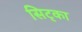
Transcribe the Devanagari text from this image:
सिट्का